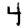
Digit: 4